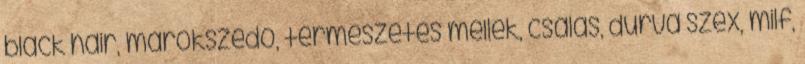
black hair, marokszedő, természetes mellek, csalás, durva szex, milf,